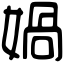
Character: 媧